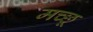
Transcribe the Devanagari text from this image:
मच्‍छू